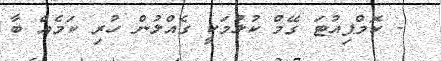
- ކޮމްޕިއުޓަ ގޭމް ކުޅުމަކީ ގެއްލުން ހުރި ކަމެއް ބާ